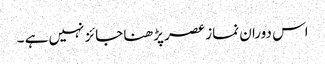
اس دوران نماز عصر پڑھنا جائز نہیں ہے ۔